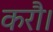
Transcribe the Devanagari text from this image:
करौ।